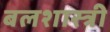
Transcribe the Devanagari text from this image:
बलशास्त्री